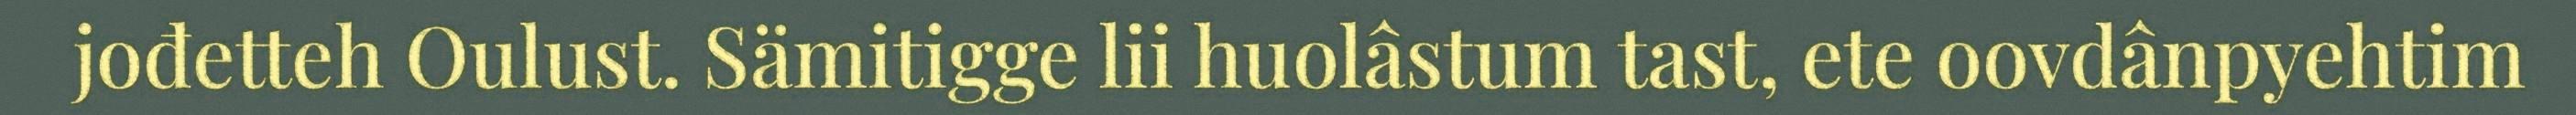
jođetteh Oulust. Sämitigge lii huolâstum tast, ete oovdânpyehtim